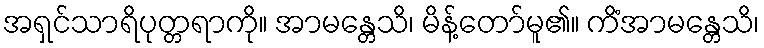
အရှင်သာရိပုတ္တရာကို။ အာမန္တေသိ၊ မိန့်တော်မူ၏။ ကိံအာမန္တေသိ၊